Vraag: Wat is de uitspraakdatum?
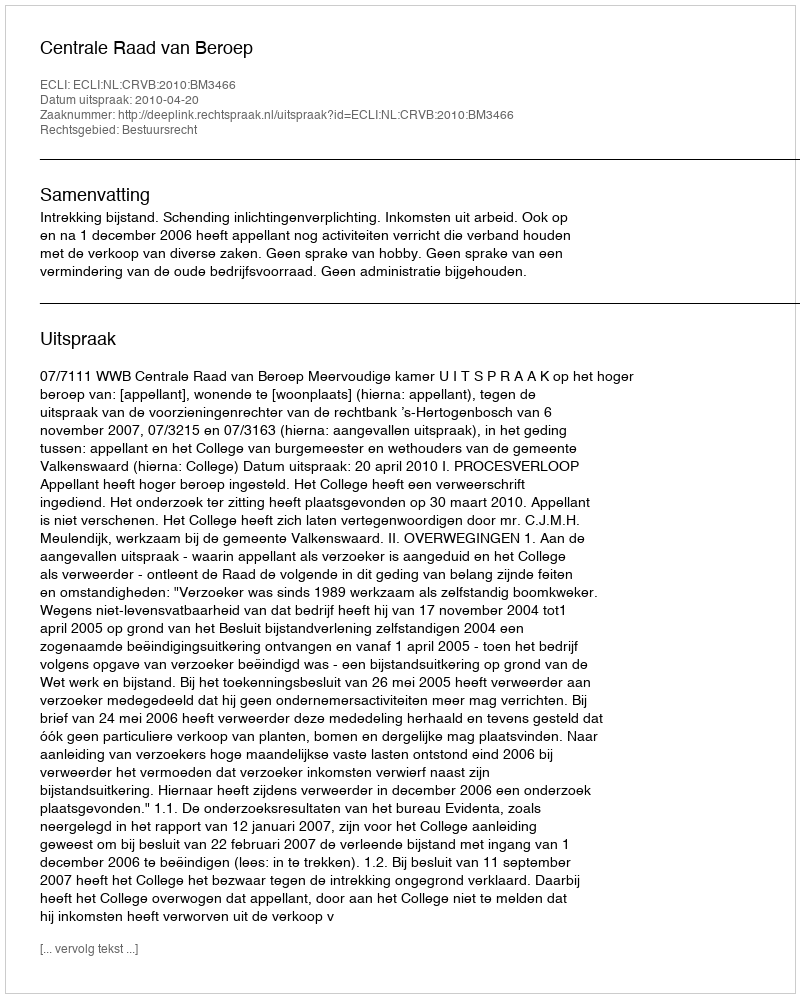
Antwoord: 2010-04-20